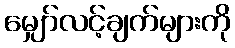
မျှော်လင့်ချက်များကို